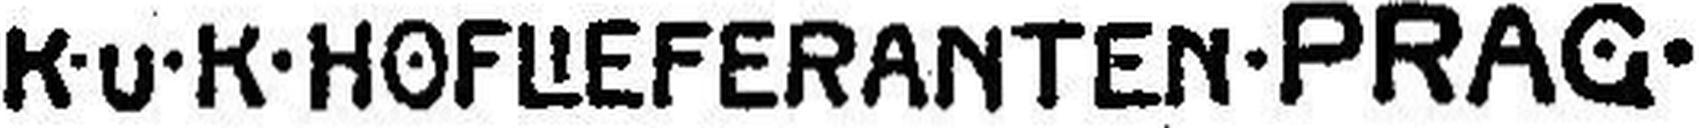
K·u·K·HOFLIEFERANTEN·PRAG·